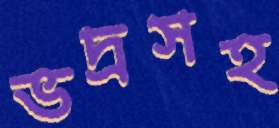
ভদ্রসহ